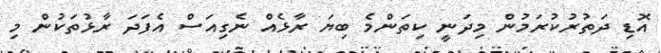
އޮޑި ދަތުރުކުރަމުން މިދަނީ ކިތަންމެ ބިޔަ ރާޅެއް ނެގިއަސް އެފަދަ ރާޅުތަކުން މި